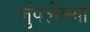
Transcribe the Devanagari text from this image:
जुंपलेल्या